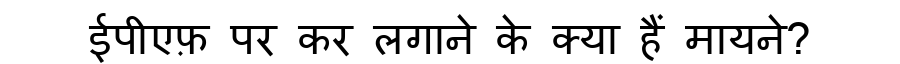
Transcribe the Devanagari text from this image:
ईपीएफ़ पर कर लगाने के क्या हैं मायने?